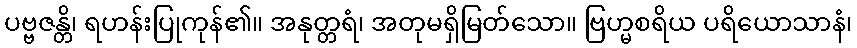
ပဗ္ဗဇန္တိ၊ ရဟန်းပြုကုန်၏။ အနုတ္တရံ၊ အတုမရှိမြတ်သော။ ဗြဟ္မစရိယ ပရိယောသာနံ၊